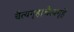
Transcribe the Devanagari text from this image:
चैत्यगृह।चैत्यगृहे